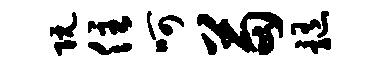
阮住呵苗髓